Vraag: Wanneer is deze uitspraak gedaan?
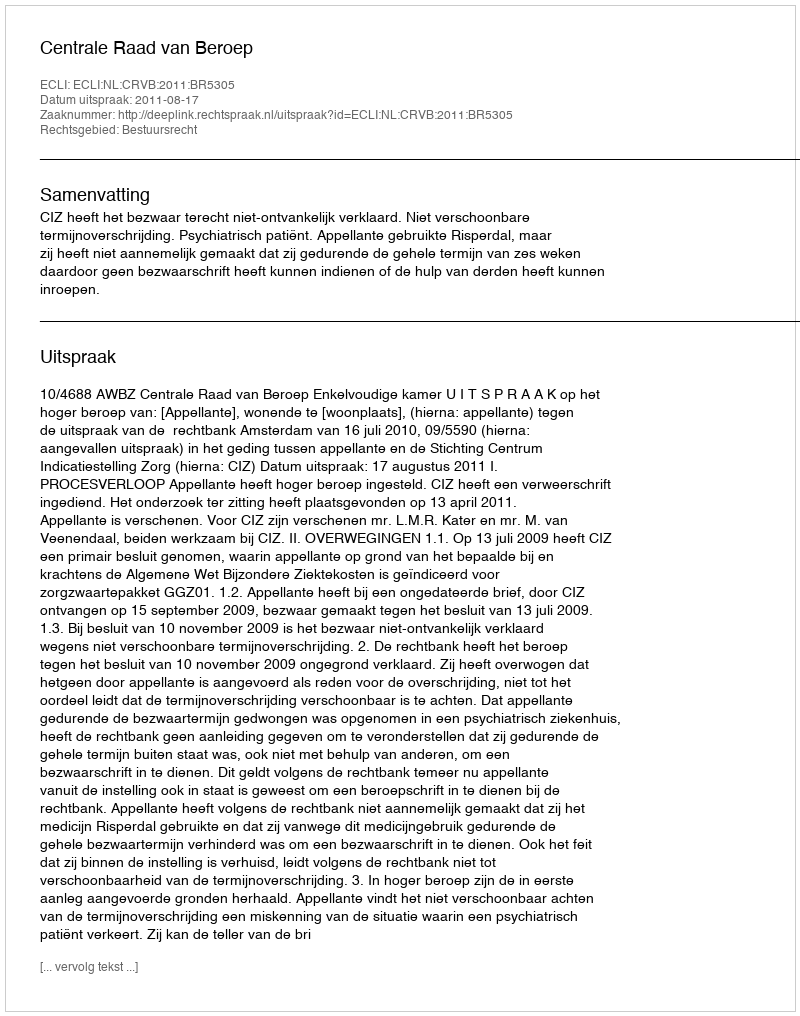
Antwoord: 2011-08-17